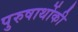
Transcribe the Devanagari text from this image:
पुरुषार्थोकी